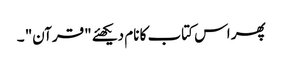
پھر اس کتاب کا نام دیکھئے "قرآن" ۔